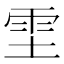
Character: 𫕞